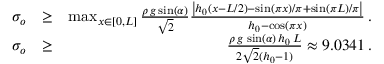
\begin{array} { r l r } { \sigma _ { o } } & { \ge } & { \operatorname* { m a x } _ { x \in [ 0 , L ] } \frac { { \rho } \, g \sin ( \alpha ) } { \sqrt { 2 } } \frac { \left| h _ { 0 } \left( x - L / 2 \right) - \sin ( \pi x ) / \pi + \sin ( \pi L ) / \pi \right| } { h _ { 0 } - \cos ( \pi x ) } \, . } \\ { \sigma _ { o } } & { \ge } & { \frac { { \rho } \, g \, \sin ( \alpha ) \, h _ { 0 } \, L } { 2 \sqrt { 2 } ( h _ { 0 } - 1 ) } \approx 9 . 0 3 4 1 \, . } \end{array}